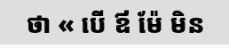
ថា « បើ ឪ ម៉ែ មិន